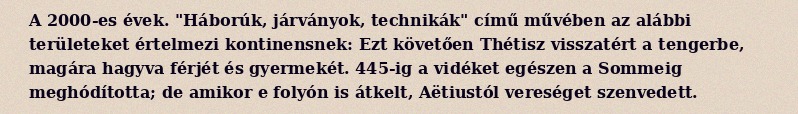
A 2000-es évek. "Háborúk, járványok, technikák" című művében az alábbi területeket értelmezi kontinensnek: Ezt követően Thétisz visszatért a tengerbe, magára hagyva férjét és gyermekét. 445-ig a vidéket egészen a Sommeig meghódította; de amikor e folyón is átkelt, Aëtiustól vereséget szenvedett.